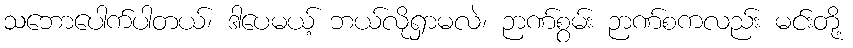
သဘောပေါက်ပါတယ်၊ ဒါပေမယ့် ဘယ်လိုရှာမလဲ၊ ဉာဏ်စွမ်း ဉာဏ်စကလည်း မင်းတို့